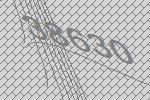
38630